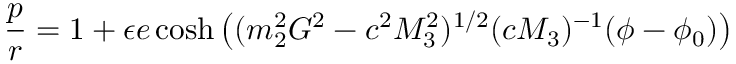
\frac { p } { r } = 1 + \epsilon e \cosh \left( ( m _ { 2 } ^ { 2 } G ^ { 2 } - c ^ { 2 } M _ { 3 } ^ { 2 } ) ^ { 1 / 2 } ( c M _ { 3 } ) ^ { - 1 } ( \phi - \phi _ { 0 } ) \right)